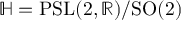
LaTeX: \mathbb { H } = \mathrm { { P S L } } ( 2 , \mathbb { R } ) / \mathrm { { S O } } ( 2 )